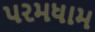
પરમધામ